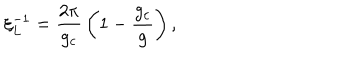
\xi _ { L } ^ { - 1 } = { \frac { 2 \pi } { g _ { c } } } \left( 1 - { \frac { g _ { c } } { g } } \right) ,